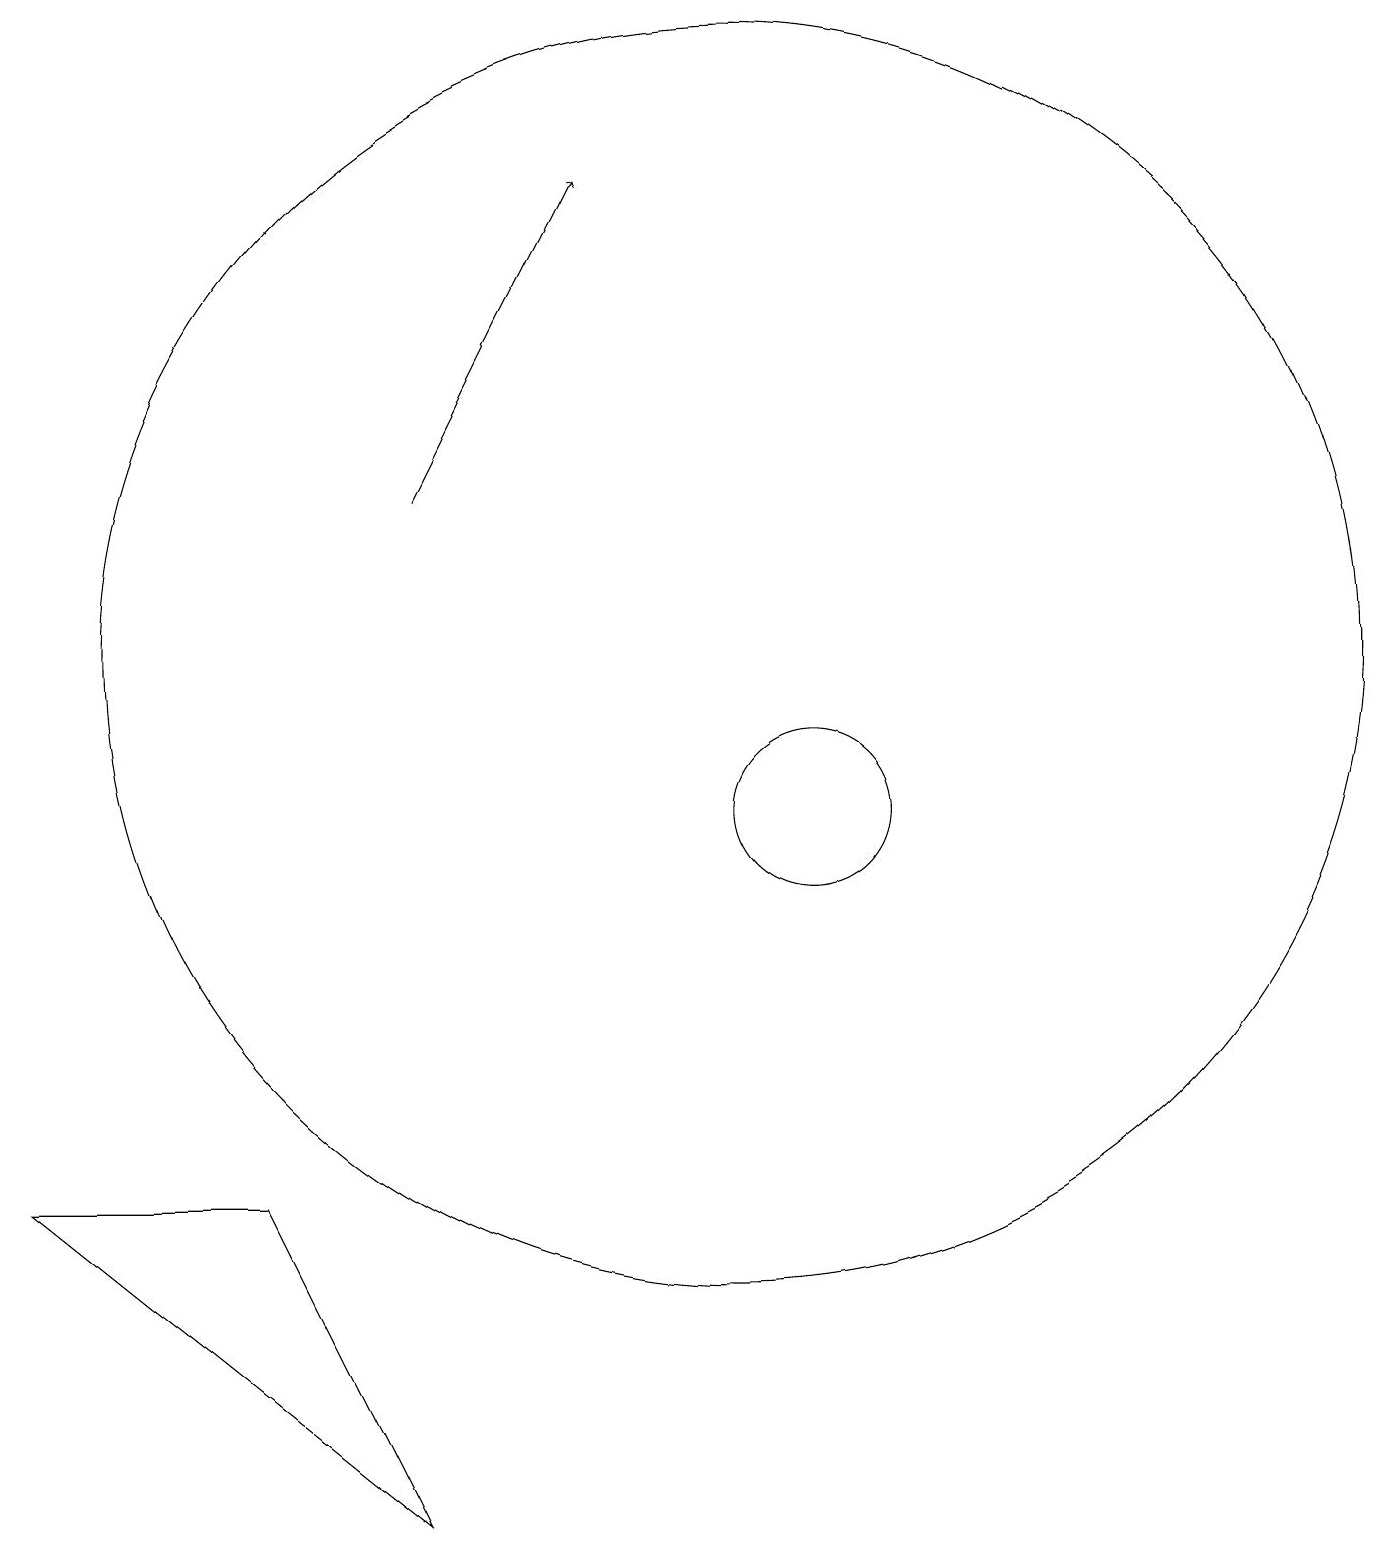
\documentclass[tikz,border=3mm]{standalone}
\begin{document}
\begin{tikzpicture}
\draw (12,10) circle (1);
\draw (11,12) circle (8);
\draw[->] (7,14) -- (9,18);
\draw (7,1) -- (2,5) -- (5,5) -- cycle;
\draw (12,11) circle (0);
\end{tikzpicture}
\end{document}